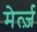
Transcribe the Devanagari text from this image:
मेर्त्ज़